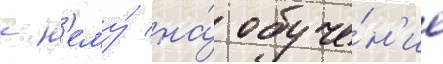
к н'ему́ на́ обуче́н'ие